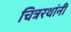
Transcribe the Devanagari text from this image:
चित्ररथांनी